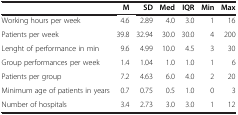
|  | M | SD | Med | IQR | Min | Max |
 | --- | --- | --- | --- | --- | --- | --- |
 | Working hours per week | 4.6 | 2.89 | 4.0 | 3.0 | 1 | 16 |
 | Patients per week | 39.8 | 32.94 | 30.0 | 30.0 | 4 | 200 |
 | Lenght of performance in min | 9.6 | 4.99 | 10.0 | 4.5 | 3 | 30 |
 | Group performances per week | 1.4 | 1.04 | 1.0 | 1.0 | 1 | 6 |
 | Patients per group | 7.2 | 4.63 | 6.0 | 4.0 | 2 | 20 |
 | Minimum age of patients in years | 0.7 | 0.75 | 0.5 | 1.0 | 0 | 3 |
 | Number of hospitals | 3.4 | 2.73 | 3.0 | 3.0 | 1 | 12 |